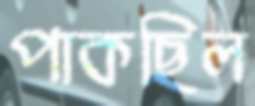
পাকছিল